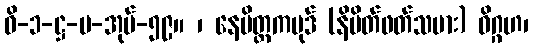
ဝိ-၁-ဋ္ဌ-ပ-အုပ်-၅၉။ ၊ နေမိတ္တကပုဒ် (နိမိတ်ဖတ်သမား) ဝိဂ္ဂဟ၊